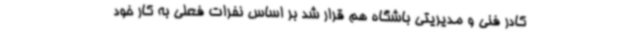
کادر فنی و مدیریتی باشگاه هم قرار شد بر اساس نفرات فعلی به کار خود